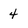
Character: 4